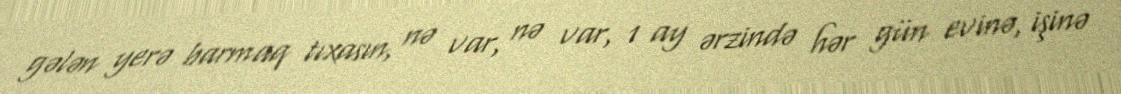
gələn yerə barmaq tıxasın, nə var, nə var, 1 ay ərzində hər gün evinə, işinə